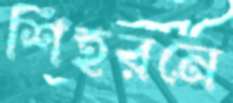
শিহরনে